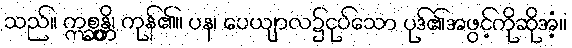
သည်။ ဣစ္ဆန္တိ၊ ကုန်၏။ ပန၊ ပေယျာလ၌ငုပ်သော ပုဒ်၏အဖွင့်ကိုဆိုအံ့။